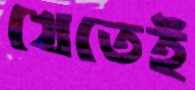
খেতেই